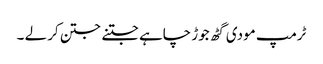
ٹرمپ مودی گٹھ جوڑ چاہے جتنے جتن کر لے ۔